Report on lock hospitals in British Burma
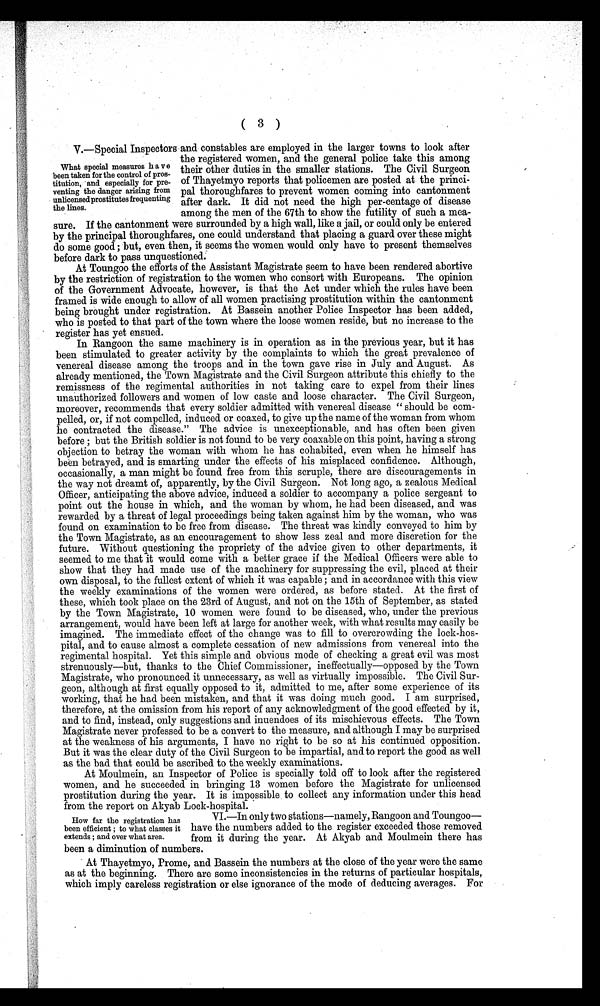
(3
)
V.—Special Inspectors and constables are employed in the larger towns to look after
the registered women, and the general police take this among
their other duties in the smaller stations. The Civil Surgeon
of Thayetmyo reports that policemen are posted at the princi-
pal thoroughfares to prevent women coming into cantonment
after dark. It did not need the high per-centage of disease
among the men of the 67th to show the futility of such a mea-
sure. If the cantonment were surrounded by a high wall, like a jail, or could only be entered
by the principal thoroughfares, one could understand that placing a guard over these might
do some good ; but, even then, it seems the women would only have to present themselves
before dark to pass unquestioned.
At Toungoo the efforts of the Assistant Magistrate seem to have been rendered abortive
by the restriction of registration to the women who consort with Europeans. The opinion
of the Government Advocate, however, is that the Act under which the rules have been
framed is wide enough to allow of all women practising prostitution within the cantonment
being brought under registration. At Bassein another Police Inspector has been added,
who is posted to that part of the town where the loose women reside, but no increase to the
register has yet ensued.
In Rangoon the same machinery is in operation as in the previous year, but it has
been stimulated to greater activity by the complaints to which the great prevalence of
venereal disease among the troops and in the town gave rise in July and August. As
already mentioned, the Town Magistrate and the Civil Surgeon attribute this chiefly to the
remissness of the regimental authorities in not taking care to expel from their lines
unauthorized followers and women of low caste and loose character. The Civil Surgeon,
moreover, recommends that every soldier admitted with venereal disease " should be com-
pelled, or, if not compelled, induced or coaxed, to give up the name of the woman from whom
he contracted the disease." The advice is unexceptionable, and has often been given
before ; but the British soldier is not found to be very coaxable on this point, having a strong
objection to betray the woman with whom he has cohabited, even when he himself has
been betrayed, and is smarting under the effects of his misplaced confidence. Although,
occasionally, a man might be found free from this scruple, there are discouragements in
the way not dreamt of, apparently, by the Civil Surgeon. Not long ago, a zealous Medical
Officer, anticipating the above advice, induced a soldier to accompany a police sergeant to
point out the house in which, and the woman by whom, he had been diseased, and was
rewarded by a threat of legal proceedings being taken against him by the woman, who was
found on examination to be free from disease. The threat was kindly conveyed to him by
the Town Magistrate, as an encouragement to show less zeal and more discretion for the
future. Without questioning the propriety of the advice given to other departments, it
seemed to me that it would come with a better grace if the Medical Officers were able to
show that they had made use of the machinery for suppressing the evil, placed at their
own disposal, to the fullest extent of which it was capable ; and in accordance with this view
the weekly examinations of the women were ordered, as before stated. At the first of
these, which took place on the 23rd of August, and not on the 15th of September, as stated
by the Town Magistrate, 10 women were found to be diseased, who, under the previous
arrangement, would have been left at large for another week, with what results may easily be
imagined. The immediate effect of the change was to fill to overcrowding the lock-hos-
pital, and to cause almost a complete cessation of new admissions from venereal into the
regimental hospital. Yet this simple and obvious mode of checking a great evil was most
strenuously—but, thanks to the Chief Commissioner, ineffectually—opposed by the Town
Magistrate, who pronounced it unnecessary, as well as virtually impossible. The Civil Sur-
geon, although at first equally opposed to it, admitted to me, after some experience of its
working, that he had been mistaken, and that it was doing much good. I am surprised,
therefore, at the omission from his report of any acknowledgment of the good effected by it,
and to find, instead, only suggestions and inuendoes of its mischievous effects. The Town
Magistrate never professed to be a convert to the measure, and although I may be surprised
at the weakness of his arguments, I have no right to be so at his continued opposition.
But it was the clear duty of the Civil Surgeon to be impartial, and to report the good as well
as the bad that could be ascribed to the weekly examinations.
At Moulmein, an Inspector of Police is specially told off to look after the registered
women, and he succeeded in bringing 13 women before the Magistrate for unlicensed
prostitution during the year. It is impossible to collect any information under this head
from the report on Akyab Lock-hospital.
VI.—In only two stations—namely, Rangoon and Toungoo-
—have the numbers added to the register exceeded those removed
from it during the year. At Akyab and Moulmein there has
been a diminution of numbers.
At Thayetmyo, Prome, and Bassein the numbers at the close of the year were the same
as at the beginning. There are some inconsistencies in the returns of particular hospitals,
which imply careless registration or else ignorance of the mode of deducing averages. For
What special measures have
been taken for the control of pros-
titution, and especially for pre-
venting the danger arising from
unlicensed prostitutes frequenting
the lines.
How far the registration has
been efficient ; to what classes it
extends ; and over what area.